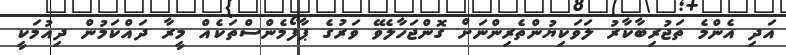
އަދި އެންމެ ތަޖުރިބާކާރު ލަވަކިޔުންތެރިންނަށް ގޮންޖަހާލެވޭ ވަރުގެ ޕާފޯމެންސްތަކެއް މީރާ ދައްކަމުން ދިއުމަކީ